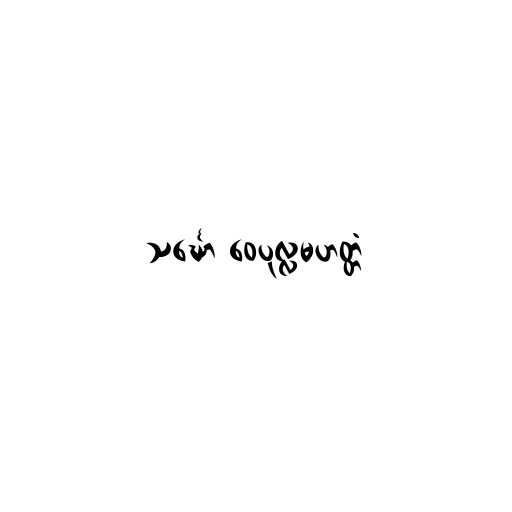
သင်္ဃော ဝေပုလ္လမဟတ္တံ